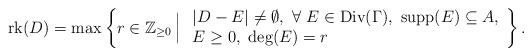
LaTeX: \begin{align*}\textrm{rk}(D) = \max \left\{ r \in \mathbb{Z}_{\geq 0}\, \Big| \begin{array}{l} \ |D-E| \not = \emptyset, \ \forall \ E \in \textrm{Div}(\Gamma), \ \textrm{supp}(E) \subseteq A, \\ \ E \geq 0, \ \textrm{deg}(E)=r \\\end{array}\right\}.\end{align*}